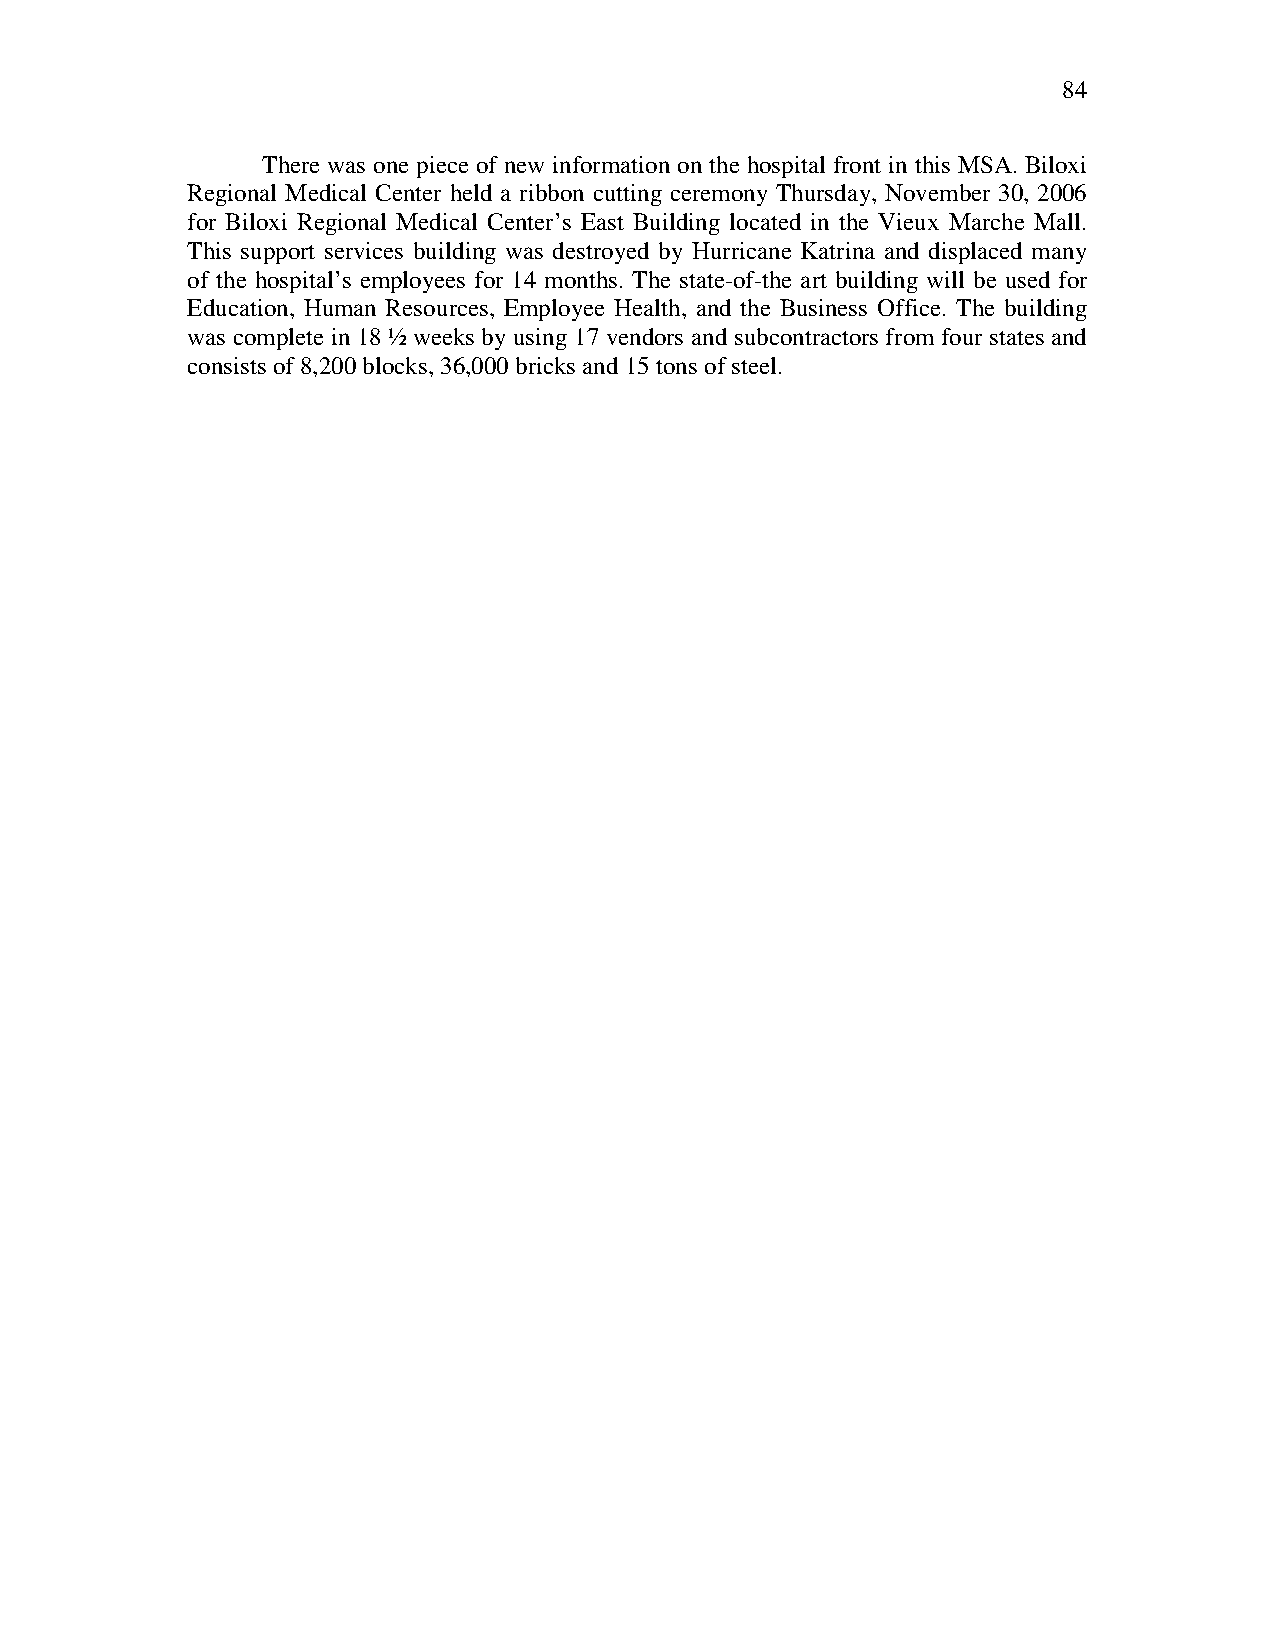
84
 There was one piece of new information on the hospital front in this MSA. Biloxi
 Regional Medical Center held a ribbon cutting ceremony Thursday, November 30, 2006
 for Biloxi Regional Medical Center’s East Building located in the Vieux Marche Mall.
 This support services building was destroyed by Hurricane Katrina and displaced many
 of the hospital’s employees for 14 months. The state-of-the art building will be used for
 Education, Human Resources, Employee Health, and the Business Office. The building
 was complete in 18 ½ weeks by using 17 vendors and subcontractors from four states and
 consists of 8,200 blocks, 36,000 bricks and 15 tons of steel.